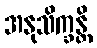
အနုသိက္ခန္တိ